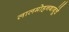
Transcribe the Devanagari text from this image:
लालमोहनबाबूंचे